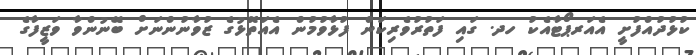
ކުޅުދުއްފުށީ އެއަރޕޯޓާއެކު ހދ. ގައި ފަތުރުވެރިކަން ފުޅާވުމުން އެއަތޮޅުގެ ޒުވާނުންނަށް ބޭނުންވާ ވަޒީފާގެ